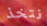
نتخذ